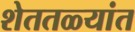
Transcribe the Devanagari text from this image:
शेततळ्यांत